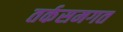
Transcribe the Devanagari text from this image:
तर्कसमगत